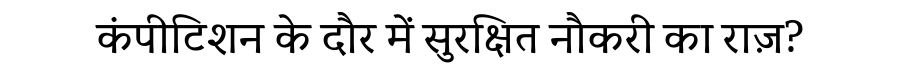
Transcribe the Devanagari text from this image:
कंपीटिशन के दौर में सुरक्षित नौकरी का राज़?